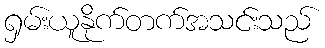
ရှမ်းယူနိုက်တက်အသင်းသည်